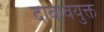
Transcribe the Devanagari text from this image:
दाबावयुक्त